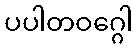
ပပါတဝဂ္ဂေါ